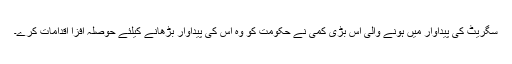
سگریٹ کی پیداوار میں ہونے والی اس بڑی کمی نے حکومت کو وہ اس کی پیداوار بڑھانے کیلئے حوصلہ افزا اقدامات کرے۔